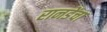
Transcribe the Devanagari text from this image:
रानडेंचा